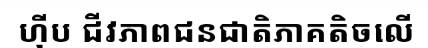
ហ៊ីប ជីវភាពជនជាតិភាគតិចលើ